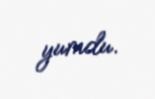
yumdu.